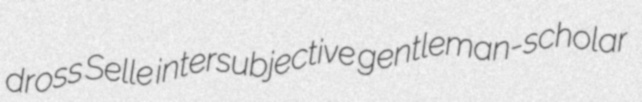
dross Selle intersubjective gentleman-scholar